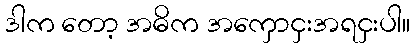
ဒါက တော့ အဓိက အကှောငှးအရငှးပါ။